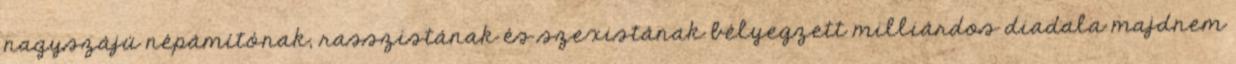
nagyszájú népámítónak, rasszistának és szexistának bélyegzett milliárdos diadala majdnem